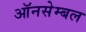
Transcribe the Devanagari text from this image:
ऑनसेम्बल